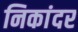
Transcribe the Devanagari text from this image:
निकांदर